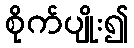
စိုက်ပျိုး၍